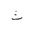
Letter: _tha